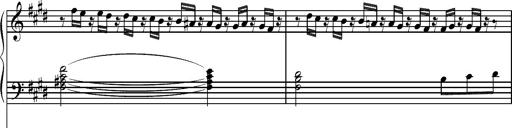
Title: Pilgerchor aus TannhÃ¤user
Composer: Franz Liszt